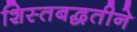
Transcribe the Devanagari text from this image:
शिस्तबद्धतीने